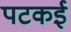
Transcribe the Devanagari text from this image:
पटकई